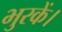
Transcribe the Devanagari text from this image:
भुरकें।